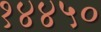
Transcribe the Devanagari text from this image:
१४४५०